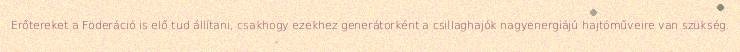
Erőtereket a Föderáció is elő tud állítani, csakhogy ezekhez generátorként a csillaghajók nagyenergiájú hajtóműveire van szükség.